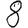
Digit: 8